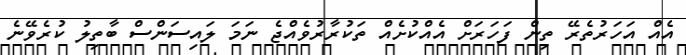
އެއް އަހަރުތެރޭ ތިން ފަހަރަށް އެއްކުށެއް ތަކުރާރުވެއްޖެ ނަމަ ލައިސަންސް ބާތިލު ކުރެވޭނެެ